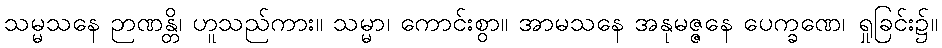
သမ္မသနေ ဉာဏန္တိ၊ ဟူသည်ကား။ သမ္မာ၊ ကောင်းစွာ။ အာမသနေ အနုမဇ္ဇနေ ပေက္ခဏေ၊ ရှုခြင်း၌။